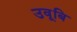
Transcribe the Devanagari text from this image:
उवूबि